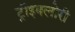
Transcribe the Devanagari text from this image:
ट्रॉइक्लोरी